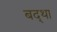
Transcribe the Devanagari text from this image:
बद्था